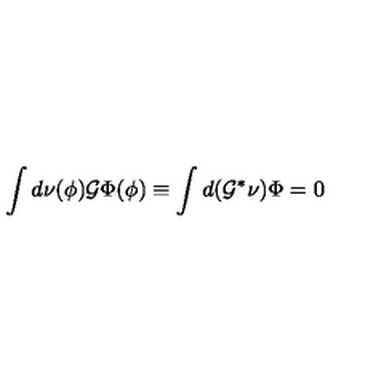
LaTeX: \int d \nu ( \phi ) { \cal G } \Phi ( \phi ) \equiv \int d ( { \cal G } ^ { * } \nu ) \Phi = 0